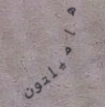
هاميلتون